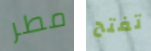
مطر تفتح